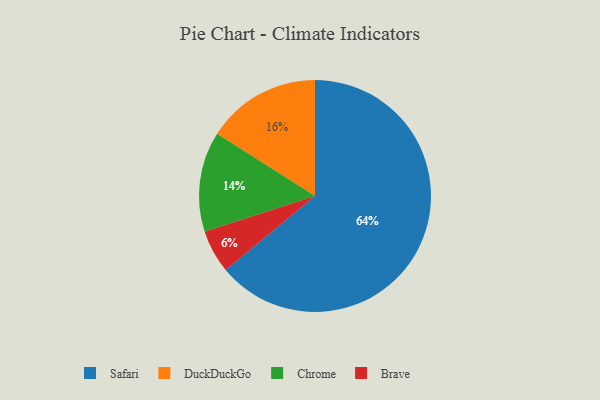
{"axis": {"x": "Category", "y": "Percentage"}, "legend": ["Brave", "Chrome", "DuckDuckGo", "Safari"], "data": [{"x": "Chrome", "y": 14, "type": "Chrome"}, {"x": "DuckDuckGo", "y": 16, "type": "DuckDuckGo"}, {"x": "Safari", "y": 64, "type": "Safari"}, {"x": "Brave", "y": 6, "type": "Brave"}]}